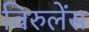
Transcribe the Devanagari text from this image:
विरुलेंस